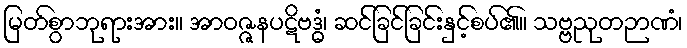
မြတ်စွာဘုရားအား။ အာဝဇ္ဇနပဋိဗဒ္ဓံ၊ ဆင်ခြင်ခြင်းနှင့်စပ်၏။ သဗ္ဗညုတဉာဏံ၊